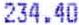
234.40